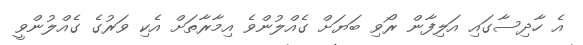
އެ ހާދިސާގައި އަލިފާން ރޯވި ބަޔަށް ގެއްލުންވެ އިމާރާތަށް އެކި ވަރުގެ ގެއްލުންވީ